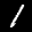
Label: 1